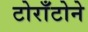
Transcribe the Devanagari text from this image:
टोराँटोने